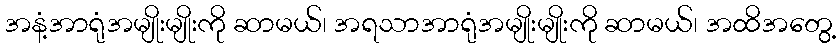
အနံ့အာရုံအမျိုးမျိုးကို ဆာမယ်၊ အရသာအာရုံအမျိုးမျိုးကို ဆာမယ်၊ အထိအတွေ့